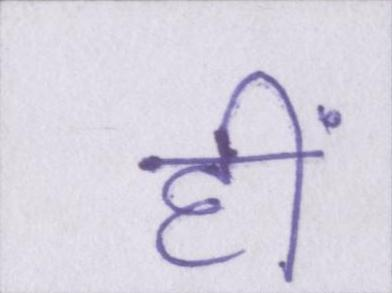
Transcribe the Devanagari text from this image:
हीं